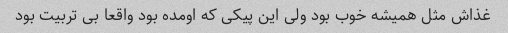
غذاش مثل همیشه خوب بود ولی این پیکی که اومده بود واقعا بی تربیت بود